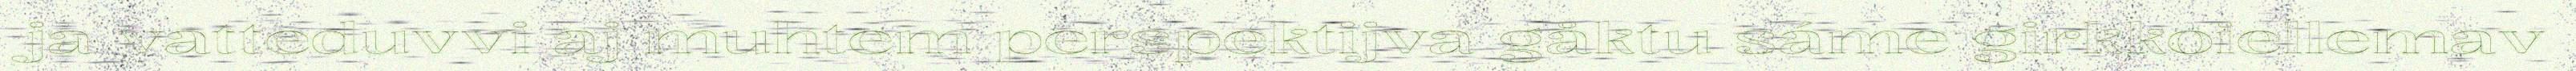
ja vatteduvvi aj muhtem perspektijva gåktu sáme girkkoiellemav